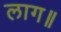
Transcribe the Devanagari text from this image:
लाग॥